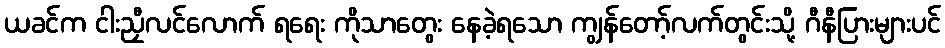
ယခင်က ငါးညှီလင်လောက် ရရေး ကိုသာတွေး နေခဲ့ရသော ကျွန်တော့်လက်တွင်းသို့ ဂီနီပြားများပင်